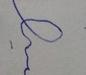
Signature authenticity: forged